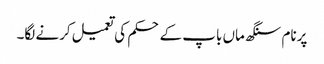
پرنام سنگھ ماں باپ کے حکم کی تعمیل کرنے لگا۔